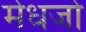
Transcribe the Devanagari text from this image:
मेधजो